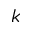
k